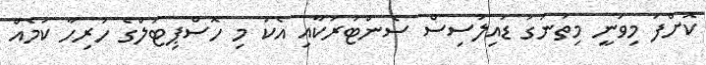
ކޮށްފަ މިވަނީ މިތަނުގަ ޑައިލަސިސް ސެންޓަރަކާއި އެކު މި ހޮސްޕިޓަލްގެ ހުރިހާ ކަމެއް